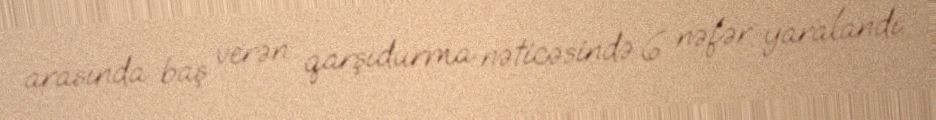
arasında baş verən qarşıdurma nəticəsində 6 nəfər yaralandı.